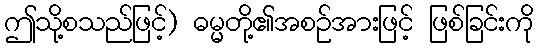
ဤသို့စသည်ဖြင့်) ဓမ္မတို့၏အစဉ်အားဖြင့် ဖြစ်ခြင်းကို